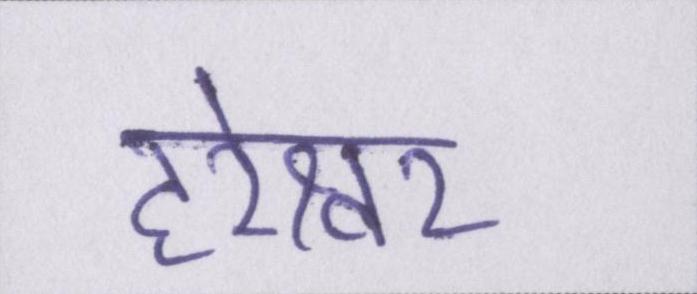
हरेश्वर